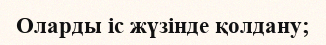
Оларды іс жүзінде қолдану;